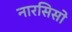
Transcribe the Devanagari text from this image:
नारसिसो